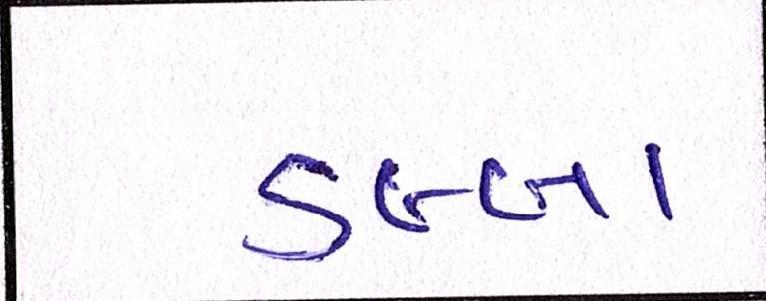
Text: ડબ્બા